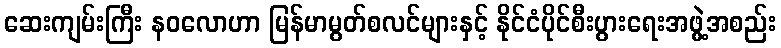
ဆေးကျမ်းကြီး နဝလောဟာ မြန်မာမွတ်စလင်များနှင့် နိုင်ငံပိုင်စီးပွားရေးအဖွဲ့အစည်း